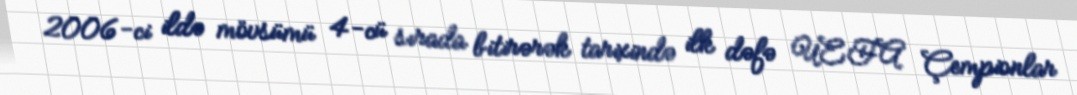
2006-ci ildə mövsümü 4-cü sırada bitirərək tarixində ilk dəfə UEFA Çempionlar